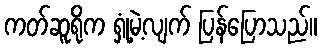
ကတ်ဆူရိုက ရှုံ့မဲ့လျက် ပြန်ပြောသည်။